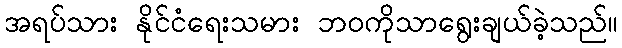
အရပ်သား နိုင်ငံရေးသမား ဘဝကိုသာရွေးချယ်ခဲ့သည်။